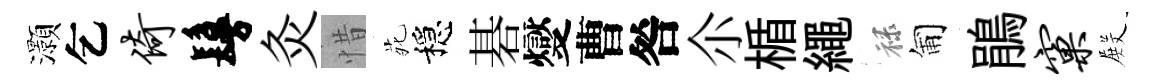
灝乞倚鬘灸惜𫟍穩碁燮曹咎尒楯繩禄匍鵑窠𭮺